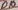
Text: D10